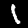
Label: 1